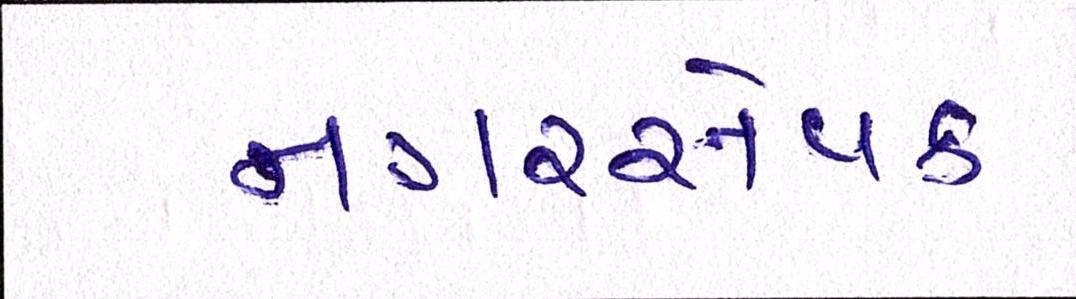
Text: નગરસેવક